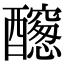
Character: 𨣭